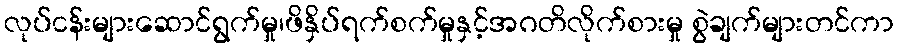
လုပ်ငန်းများဆောင်ရွက်မှု၊ဖိနှိပ်ရက်စက်မှုနှင့်အဂတိလိုက်စားမှု စွဲချက်များတင်ကာ